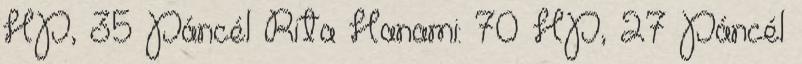
HP, 35 Páncél Rita Hanami: 70 HP, 27 Páncél